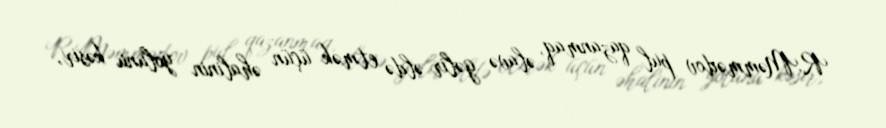
R.Məmmədov pul qazanmaq, əlavə gəlir əldə etmək üçün əhalinin yolunu kəsir,